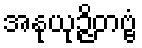
အနုယုဉ္ဇိတဗ္ဗံ